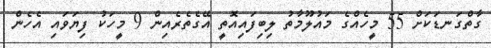
ގާތްގަނޑަކަށް 55 މީހެއްގެ މައުލޫމާތު ލިބިފައިއޮތީ އޭގެތެރެއިން 9 މީހަކު ފިޔަވައި އެހެން